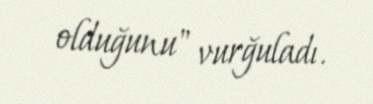
olduğunu" vurğuladı.